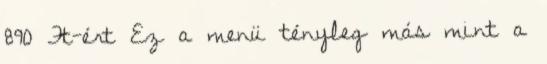
890 Ft-ért Ez a menü tényleg más mint a